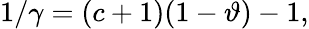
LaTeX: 1/\gamma={(c+1)(1-\vartheta)-1},